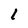
Character: l